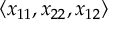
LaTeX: \langle x _ { 1 1 } , x _ { 2 2 } , x _ { 1 2 } \rangle